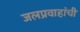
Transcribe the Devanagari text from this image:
जलप्रवाहांची